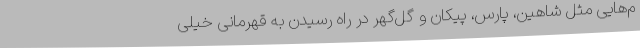
م‌هایی مثل شاهین، پارس، پیکان و گل‌گهر در راه رسیدن به قهرمانی خیلی